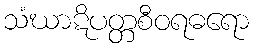
သံဃာဋိပတ္တစီဝရဓရော